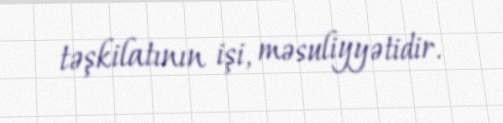
təşkilatının işi, məsuliyyətidir.